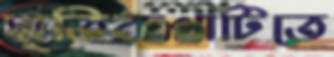
স্মৃতিকথাটিতে